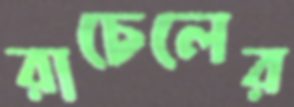
রাচেলের